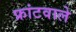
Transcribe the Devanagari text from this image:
फ्रांटवाले